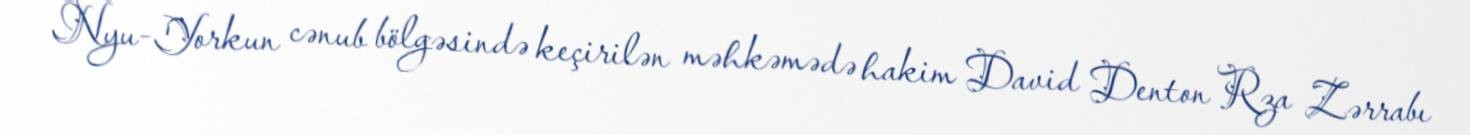
Nyu-Yorkun cənub bölgəsində keçirilən məhkəmədə hakim David Denton Rza Zərrabı